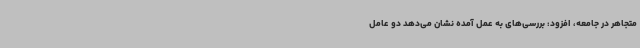
متجاهر در جامعه، افزود: بررسی‌های به عمل آمده نشان می‌دهد دو عامل